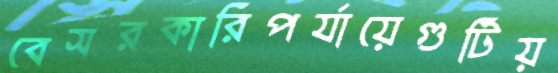
বেসরকারিপর্যায়েগুটিয়